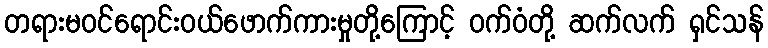
တရားမဝင်ရောင်းဝယ်ဖောက်ကားမှုတို့ကြောင့် ဝက်ဝံတို့ ဆက်လက် ရှင်သန်